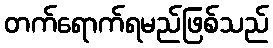
တက်ရောက်ရမည်ဖြစ်သည်